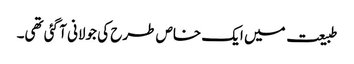
طبیعت میں ایک خاص طرح کی جولانی آ گئی تھی۔